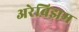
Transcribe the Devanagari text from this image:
अरेबिझम